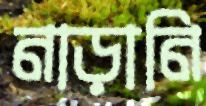
নাড়ানি